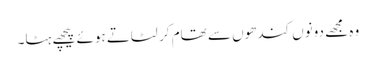
وہ مجھے دونوں کندھوں سے تھام کر لٹاتے ہوئے پیچھے ہٹا۔